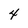
Character: 4